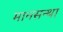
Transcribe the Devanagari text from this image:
मानसन्था